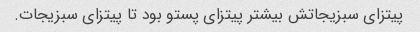
پیتزای سبزیجاتش بیشتر پیتزای پستو بود تا پیتزای سبزیجات.